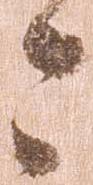
々